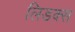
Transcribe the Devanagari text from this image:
लिडक्स